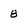
Character: 8